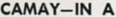
CAMAY-IN A